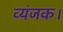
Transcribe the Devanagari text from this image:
व्यंजक।